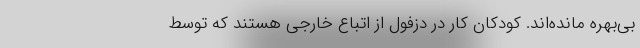
بی‌بهره مانده‌اند. کودکان کار در دزفول از اتباع خارجی هستند که توسط